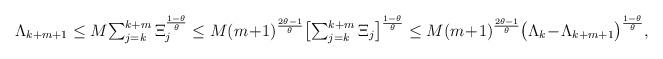
LaTeX: \begin{align*}\Lambda_{k+m+1}\le M{\textstyle\sum_{j=k}^{k+m}}\,\Xi_j^{\frac{1-\theta}{\theta}}\le M(m\!+\!1)^{\frac{2\theta-1}{\theta}}\big[{\textstyle\sum_{j=k}^{k+m}}\,\Xi_j\big]^{\frac{1-\theta}{\theta}}\le M(m\!+\!1)^{\frac{2\theta-1}{\theta}}\big(\Lambda_{k}\!-\!\Lambda_{k+m+1}\big)^{\frac{1-\theta}{\theta}},\end{align*}